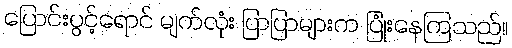
ပြောင်းပွင့်ရောင် မျက်လုံး ပြာပြာများက ပြုံးနေကြသည်။